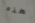
هذه